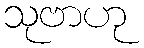
သုဗာဟု